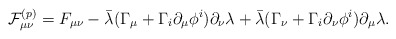
\begin{align*}{\cal F}_{\mu\nu}^{(p)} = F_{\mu\nu} - \bar\lambda (\Gamma_\mu + \Gamma_i \partial_\mu\phi^i)\partial_\nu \lambda+ \bar\lambda (\Gamma_\nu + \Gamma_i \partial_\nu\phi^i)\partial_\mu \lambda.\end{align*}